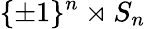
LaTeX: \{ \pm 1\} ^{n}\rtimes S_{n}